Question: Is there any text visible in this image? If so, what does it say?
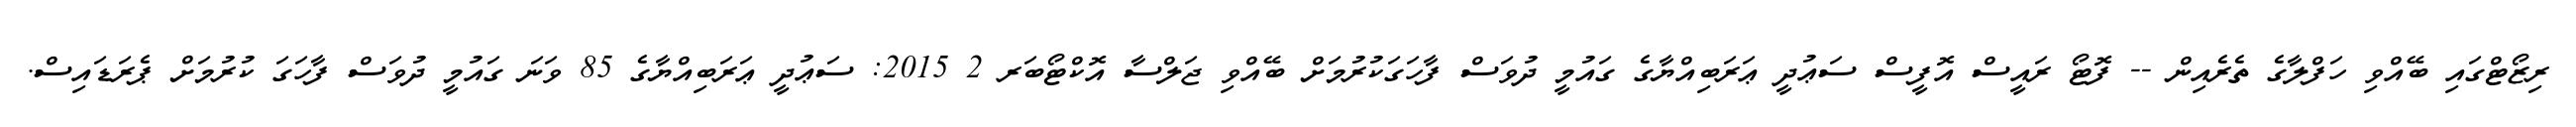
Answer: ރިޒޯޓްގައި ބޭއްވި ހަފްލާގެ ތެރެއިން -- ފޮޓޯ ރައީސް އޮފީސް ސަޢުދީ ޢަރަބިއްޔާގެ ގައުމީ ދުވަސް ފާހަގަކުރުމަށް ބޭއްވި ޖަލްސާ އޮކްޓޯބަރ 2 2015: ސަޢުދީ ޢަރަބިއްޔާގެ 85 ވަނަ ގައުމީ ދުވަސް ފާހަގަ ކުރުމަށް ޕެރަޑައިސް.